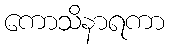
ကောသိနာရကာ